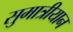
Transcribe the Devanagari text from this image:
सुमात्रीयान